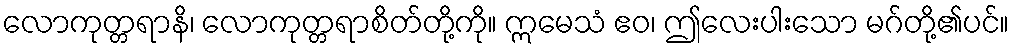
လောကုတ္တရာနိ၊ လောကုတ္တရာစိတ်တို့ကို။ ဣမေသံ ဧဝ၊ ဤလေးပါးသော မဂ်တို့၏ပင်။